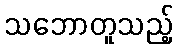
သဘောတူသည့်